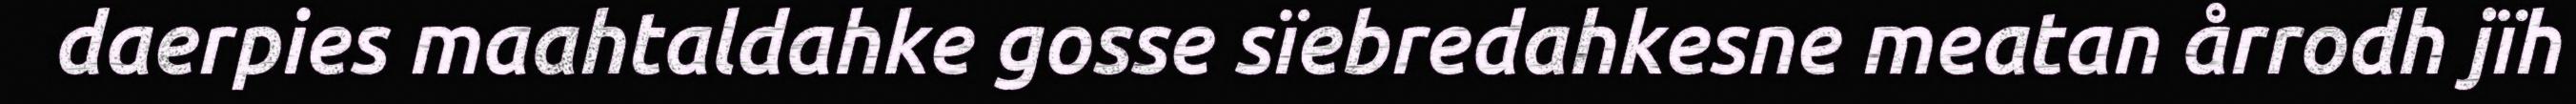
daerpies maahtaldahke gosse sïebredahkesne meatan årrodh jïh